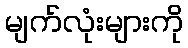
မျက်လုံးများကို